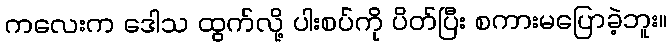
ကလေးက ဒေါသ ထွက်လို့ ပါးစပ်ကို ပိတ်ပြီး စကားမပြောခဲ့ဘူး။